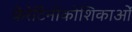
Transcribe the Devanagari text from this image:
केरेटिनोकोशिकाओं